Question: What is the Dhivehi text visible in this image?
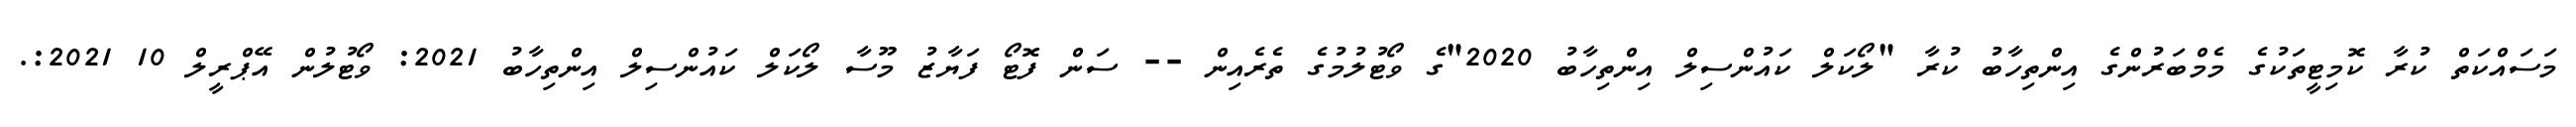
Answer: މަސައްކަތް ކުރާ ކޮމިޓީތަކުގެ މެމްބަރުންގެ އިންތިހާބު ކުރާ "ލޯކަލް ކައުންސިލް އިންތިހާބު 2020"ގެ ވޯޓުލުމުގެ ތެރެއިން -- ސަން ފޮޓޯ ފަޔާޒު މޫސާ ލޯކަލް ކައުންސިލް އިންތިހާބު 2021: ވޯޓުލުން އޭޕްރީލް 10 2021:.